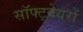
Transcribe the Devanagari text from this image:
सॉफ्ट्वेयरों